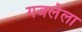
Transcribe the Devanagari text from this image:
गजलेला